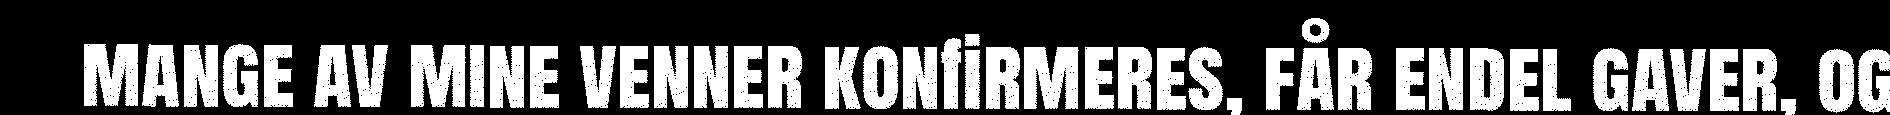
mange av mine venner konfirmeres, får endel gaver, og